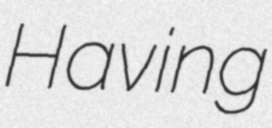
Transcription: Having